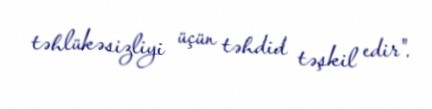
təhlükəsizliyi üçün təhdid təşkil edir".